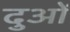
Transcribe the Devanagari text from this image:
दुओं